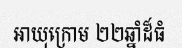
អាយុក្រោម ២២ឆ្នាំដ៏ធំ